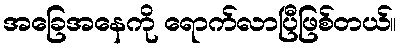
အခြေအနေကို ရောက်လာပြီဖြစ်တယ်။